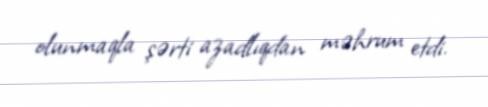
olunmaqla şərti azadlıqdan məhrum etdi.